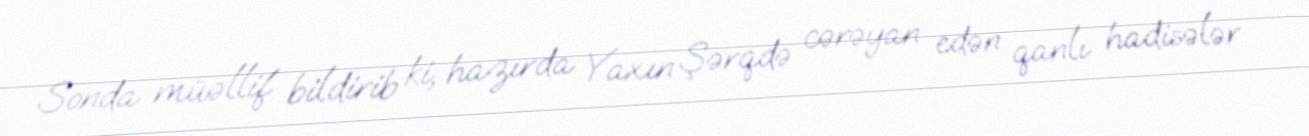
Sonda müəllif bildirib ki, hazırda Yaxın Şərqdə cərəyan edən qanlı hadisələr